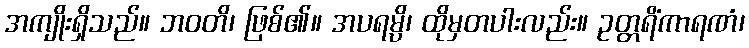
အကျိုးရှိသည်။ ဘဝတိ၊ ဖြစ်၏။ အပရမ္ပိ၊ ထိုမှတပါးလည်း။ ဥတ္တရိံကာရဏံ၊